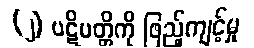
(၂) ပဋိပတ္တိကို ဖြည့်ကျင့်မှု